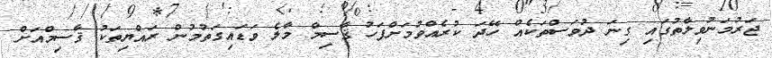
ޖަރުމަނުވިލާތުގައި ގިނަ ދުވަސްތަކެއް ހޭދަ ކުރެއްވުމަށްފަހު ޤާސިމް މާލެ ވަޑައިގަތުމުން ރައްޔިތަކު ޤާސިމްއަށް